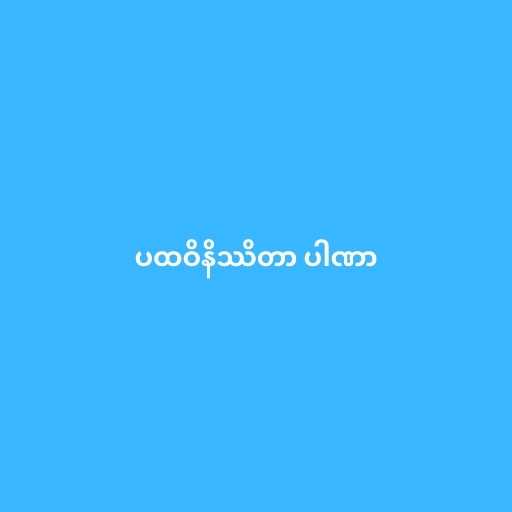
ပထဝိနိဿိတာ ပါဏာ